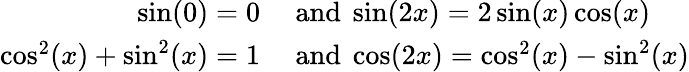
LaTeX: \begin{array}{rl}{\sin(0)=0}&{{}{\mathrm{~and~}}\sin(2x)=2\sin(x)\cos(x)}\\ {\cos^{2}(x)+\sin^{2}(x)=1}&{{}{\mathrm{~and~}}\cos(2x)=\cos^{2}(x)-\sin^{2}(x)}\end{array}